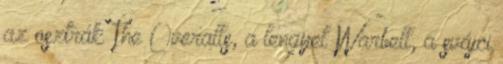
az osztrák The Overalls, a lengyel Warbell, a svájci